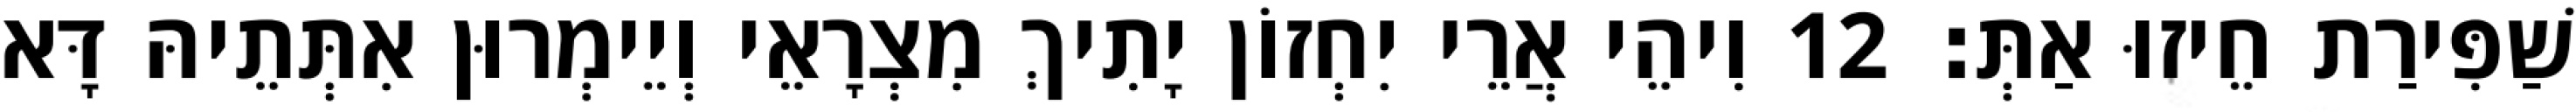
שַׁפִּירַת חֵיזוּ אַתְּ׃ 12 וִיהֵי אֲרֵי יִחְזוֹן יָתִיךְ מִצְרָאֵי וְיֵימְרוּן אִתְּתֵיהּ דָּא